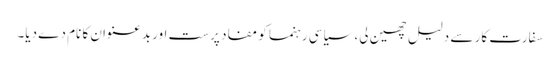
سفارت کار سے دلیل چھین لی، سیاسی رہنما کو مفاد پرست اور بدعنوان کا نام دے دیا۔